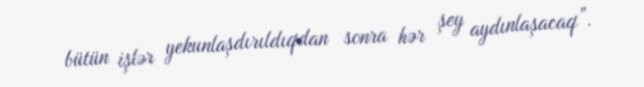
bütün işlər yekunlaşdırıldıqdan sonra hər şey aydınlaşacaq”.